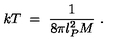
k T \ = \ \frac { 1 } { 8 \pi l _ { P } ^ { 2 } M } \ .